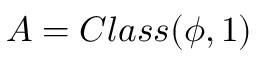
A = C l a s s ( \phi , 1 )